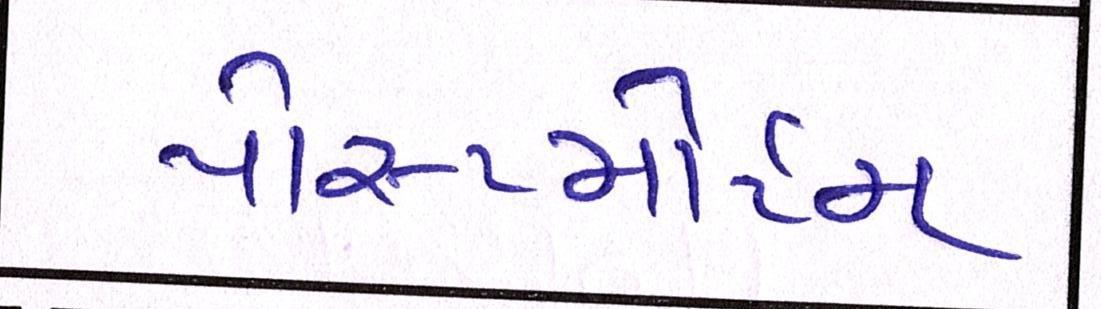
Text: પોસ્ટમોર્ટમ